Madras plague regulations and rules - Volume 1
Disease focus: Plague
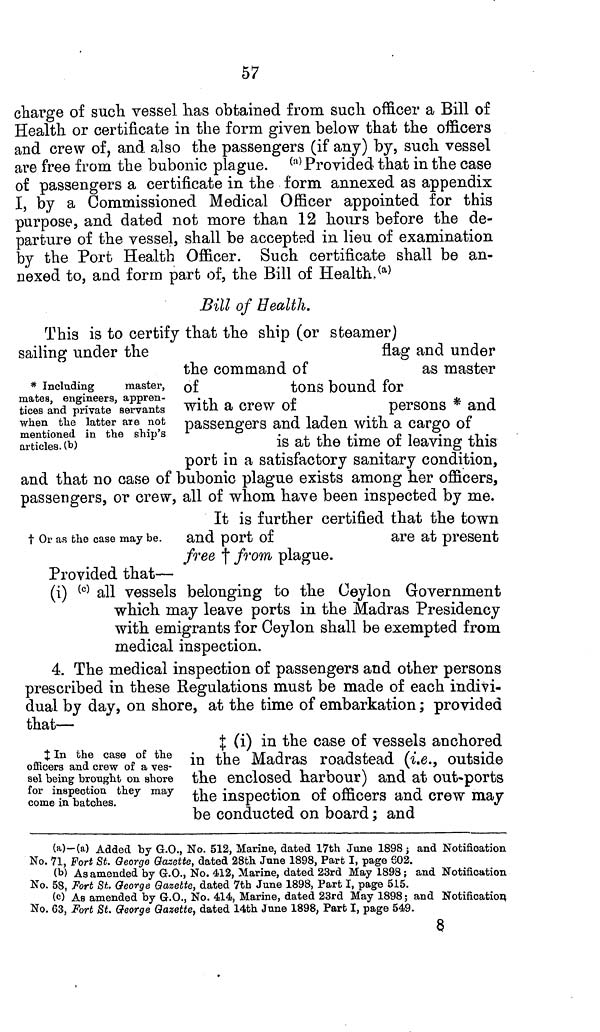
57
charge of such vessel has obtained from such officer a Bill of
Health or certificate in the form given below that the officers
and crew of, and also the passengers (if any) by, such vessel
are free from the bubonic plague. (a) Provided that in the case
of passengers a certificate in the form annexed as appendix
I, by a Commissioned Medical Officer appointed for this
purpose, and dated not more than 12 hours before the de-
parture of the vessel, shall be accepted in lieu of examination
by the Port Health Officer. Such certificate shall be an-
nexed to, and form part of, the Bill of Health. (a)
Bill of Health.
* Including
master,
mates, engineers, appren-
tices and private servants
when the latter are not
mentioned in the ship's
articles. (b)
This is to certify that the ship (or steamer)
sailing under the
flag
and under
the command of
as master
of
tons bound for
with a crew of
persons * and
passengers and laden with a cargo of
is at the time of leaving this
port in a satisfactory sanitary condition,
and that no case of bubonic plague exists among her officers,
passengers, or crew, all of whom have been inspected by me.
† Or as the case may be.
It is further certified that the town
and port of
are at present
free † from plague.
Provided that—
(i) (c) all vessels belonging to the Ceylon Government
which may leave ports in the Madras Presidency
with emigrants for Ceylon shall be exempted from
medical inspection.
4. The medical inspection of passengers and other persons
prescribed in these Regulations must be made of each indivi-
dual by day, on shore, at the time of embarkation ; provided
that—
‡ In the case of the
officers and crew of a ves-
sel being brought on shore
for inspection they may
come in batches.
‡ (i) in the case of vessels anchored
in the Madras roadstead (i.e., outside
the enclosed harbour) and at out-ports
the inspection of officers and crew may
be conducted on board ; and
(a)—(a) Added by G.O., No. 512, Marine, dated 17th June 1898 ; and Notification
No. 71, Fort St. George Gazette, dated 28th June 1898, Part I, page 602.
(b) As amended by G.O., No. 412, Marine, dated 23rd May 1898; and Notification
No. 58, Fort St. George Gazette, dated 7th June 1898, Part I, page 515.
(c) As amended by G.O., No. 414, Marine, dated 23rd May 1898; and Notification
No. 63, Fort St. George Gazette, dated 14th June 1898, Part I, page 549.
8